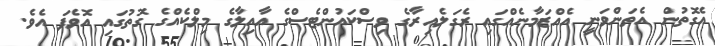
އެގޮތުން އެތަންވަނީ އެއްޒަމާނެއްގައި ރެގަލެއިރާގެ ވިސްކައުންޓެސްގެ އާއިލާގެ މިލްކެއްގެ ގޮތުގައި އޮވެފަ އެވެ.